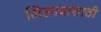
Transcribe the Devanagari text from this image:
लिलावासाठी